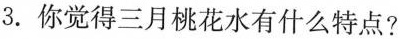
3.你觉得三月桃花水有什么特点?